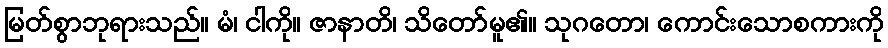
မြတ်စွာဘုရားသည်။ မံ၊ ငါကို။ ဇာနာတိ၊ သိတော်မူ၏။ သုဂတော၊ ကောင်းသောစကားကို